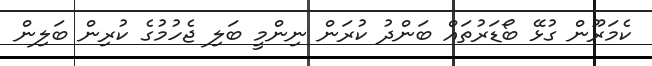
ކެމަރޫން ގުޅޭ ބޯޑަރުތައް ބަންދު ކުރަން ނިންމީ ބަލި ޖެހުމުގެ ކުރިން ބަލިން